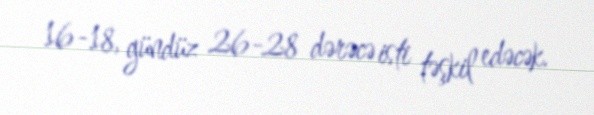
16-18, gündüz 26-28 dərəcə isti təşkil edəcək.